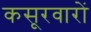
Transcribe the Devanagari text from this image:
कसूरवारों